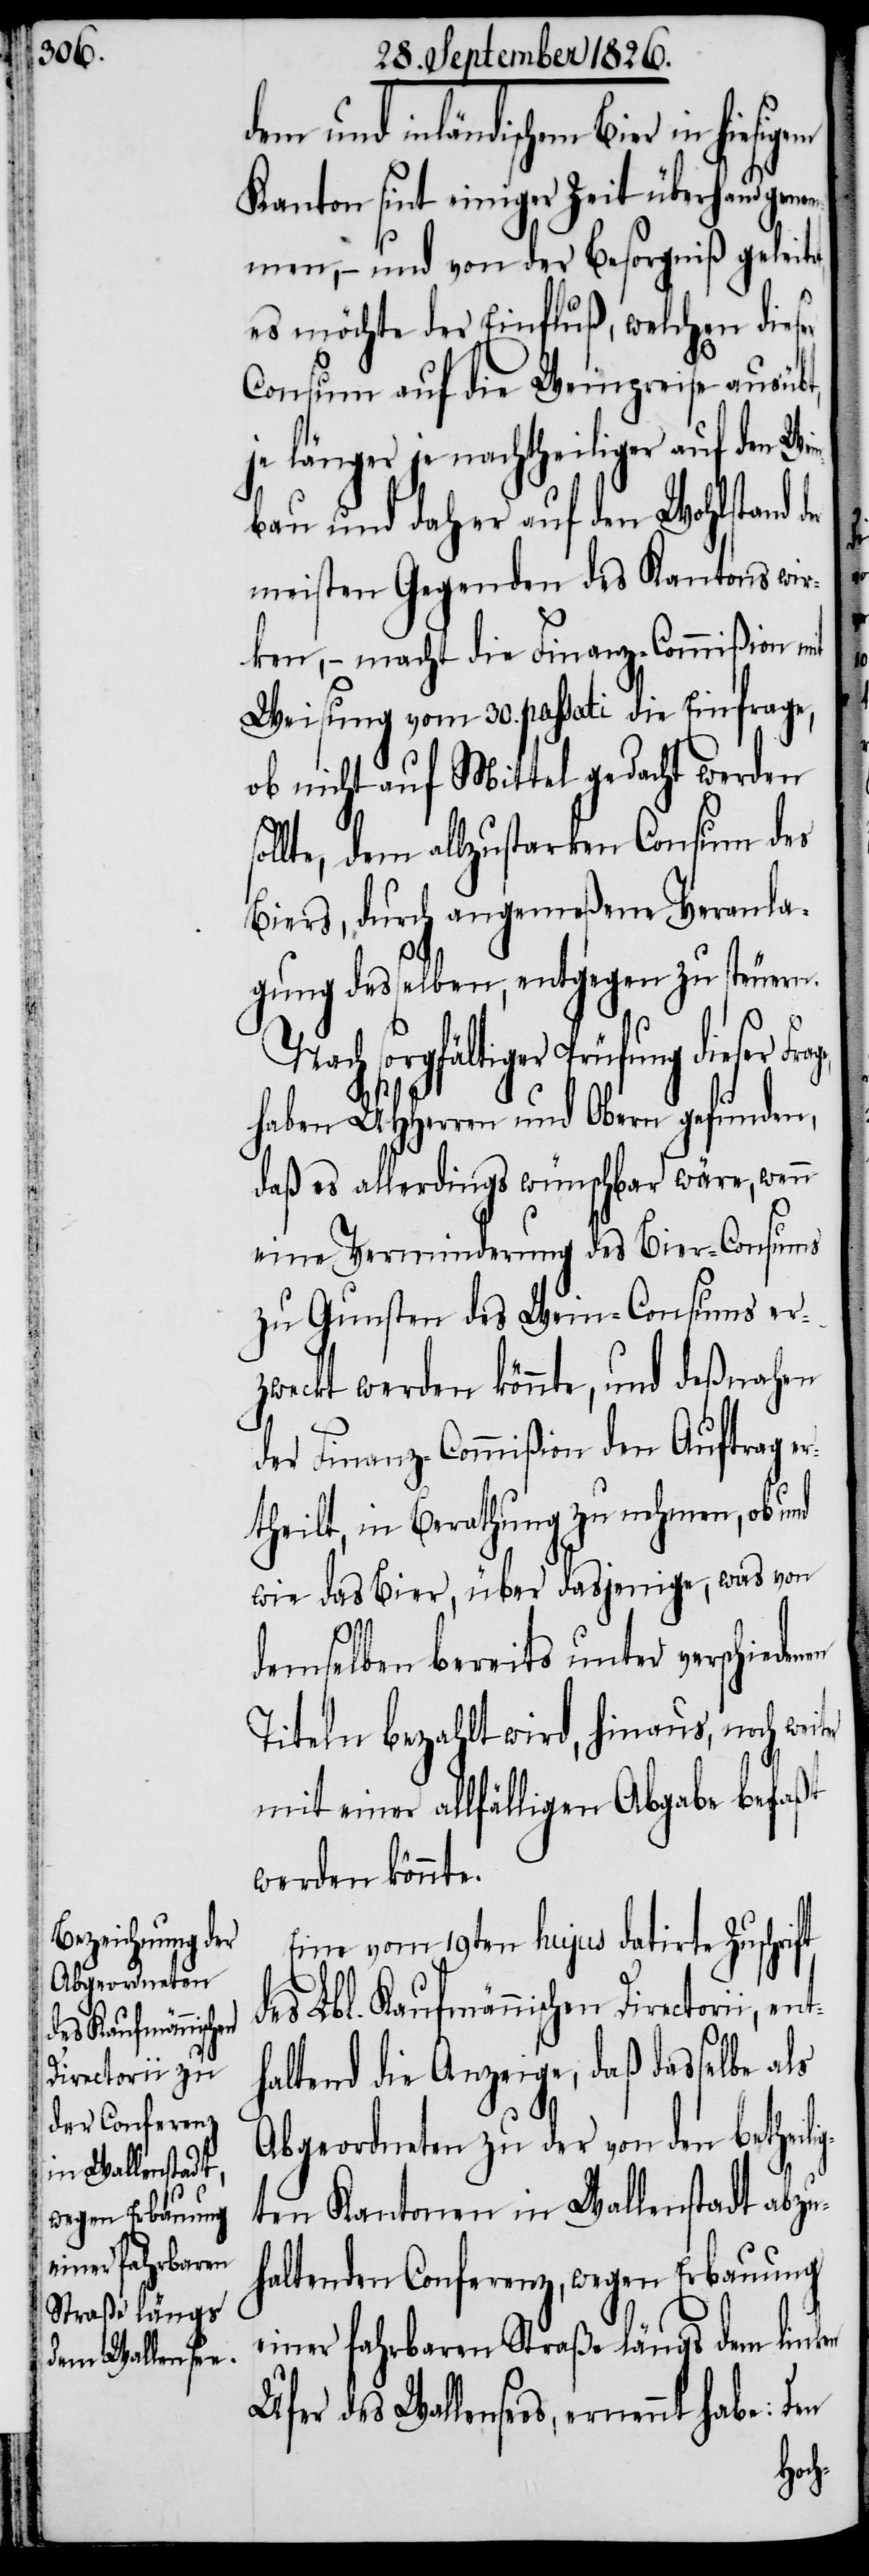
dem und inländischem Bier in
Kanton sint einiger Zeit überhand geno¬
mmen, – und von der Besorgniß geleit¬
es möchte der Einfluß, welchen dieser
Consum auf die Weinpreise ausübt,
je länger je nachtheiliger auf den Wei¬
nbau und daher auf den Wohlstand
meisten Gegenden des Kantons wir¬
ken, – macht die Finanz-Commißion mit
Weisung vom 30. passati die Einfrage,
ob nicht auf Mittel gedacht werden
sollte, dem allzustarken Consum des
Biers, durch angemeßene Veranla¬
gung desselben, entgegen zu steuern.
ft
Nach sorgfältiger Prüfung dieser Frage,
haben MHHerren und Obern gefunden,
daß es allerdings wünschbar wäre, wenn
eine Verminderung des Bier-Consums
zu Gunsten des Wein-Consums er¬
zweckt werden könnte, und deßnahen
der Finanz-Commißion den Auftrag e¬
rtheilt, in Berathung zu nehmen, ob und
wie das Bier, über dasjenige, was von
demselben bereits unter verschieden¬
Titeln bezahlt wird, hinaus, noch wei¬
mit einer allfälligen Abgabe befaßt
werden könnte.
Eine vom 19ten hujus datirte Zuschri¬
des Lbl. Kaufmännischen Directorii,
ent¬
haltend die Anzeige, daß dasselbe als
Abgeordneten zu der von den betheil¬
ten Kantonen in Wallenstadt abzu¬
haltenden Conferenz, wegen Erbauung
einer fahrbaren Straße längs dem linken
des Wallensees, ernennt habe: Den
ig¬